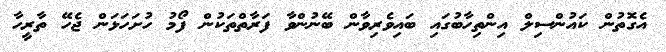
އެގޮތުން ކައުންސިލް އިންތިހާބުގައި ބައިވެރިވާން ބޭނުންވާ ފަރާތްތަކުން ފޯމު ހުށަހަޅަން ޖެހޭ ތާރީހާ